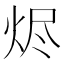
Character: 烬